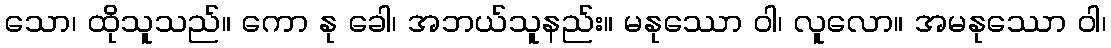
သော၊ ထိုသူသည်။ ကော နု ခေါ၊ အဘယ်သူနည်း။ မနုဿော ဝါ၊ လူလော။ အမနုဿော ဝါ၊